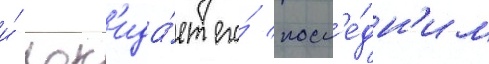
и́ пок'ида́ет его́ посл'е́дн'им